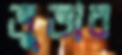
ভূভার